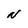
Character: N